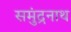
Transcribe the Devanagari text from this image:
समुंद्रनाथ